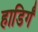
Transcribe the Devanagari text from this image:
हाडिर्गं